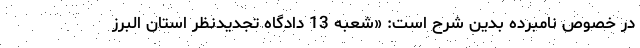
در خصوص نامبرده بدین شرح است: «شعبه 13 دادگاه تجدیدنظر استان البرز